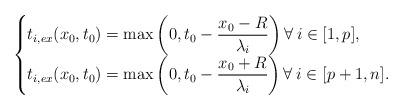
LaTeX: \begin{align*}\begin{cases}t_{i,ex}(x_0,t_0)=\max\left(0,t_0-\dfrac{x_0-R}{\lambda_i}\right) \forall\: i\in [1,p],\\t_{i,ex}(x_0,t_0)=\max\left(0,t_0-\dfrac{x_0+R}{\lambda_i}\right) \forall\: i\in [p+1,n].\end{cases}\end{align*}